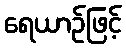
ရေယာဉ်ဖြင့်